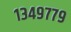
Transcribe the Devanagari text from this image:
१३४९७७९